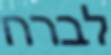
לברח